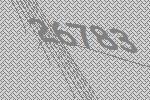
26783